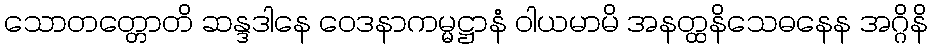
သောတတ္တောတိ ဆန္ဒဒါနေ ဝေဒနာကမ္မဋ္ဌာနံ ဝါယမာမိ အနတ္ထနိသေဓနေန အဂ္ဂိနိ